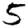
Digit: 5